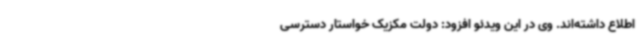
اطلاع داشته‌اند. وی در این ویدئو افزود: دولت مکزیک خواستار دسترسی